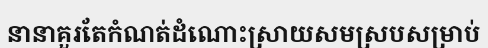
នានាគួរតែកំណត់ដំណោះស្រាយសមស្របសម្រាប់